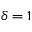
\delta = 1